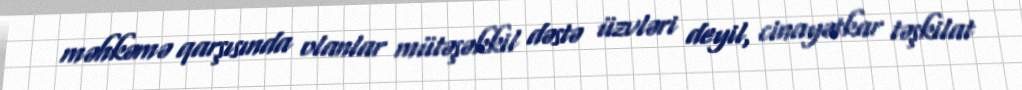
məhkəmə qarşısında olanlar mütəşəkkil dəstə üzvləri deyil, cinayətkar təşkilat